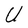
Character: U